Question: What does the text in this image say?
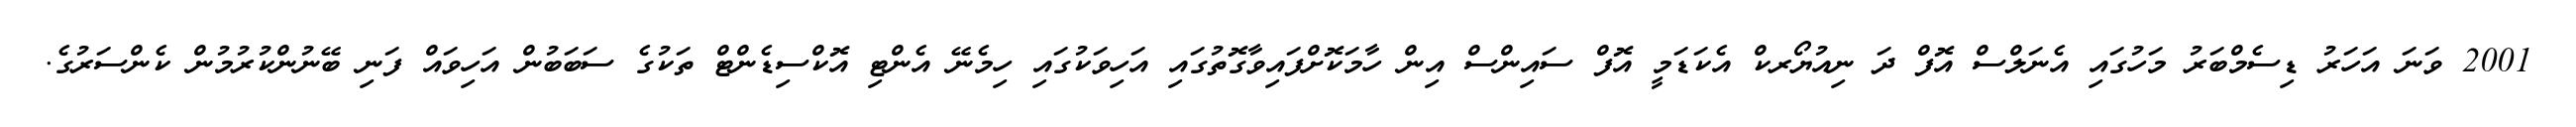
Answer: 2001 ވަނަ އަހަރު ޑިސެމްބަރު މަހުގައި އެނަލްސް އޮފް ދަ ނިއުޔޯރކް އެކަޑަމީ އޮފް ސައިންސް އިން ހާމަކޮށްފައިވާގޮތުގައި އަހިވަކުގައި ހިމެނޭ އެންޓި އޮކްސިޑެންޓް ތަކުގެ ސަބަބުން އަހިވައް ފަނި ބޭނުންކުރުމުން ކެންސަރުގެ.